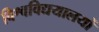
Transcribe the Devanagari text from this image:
विश्वविद्ययालयों